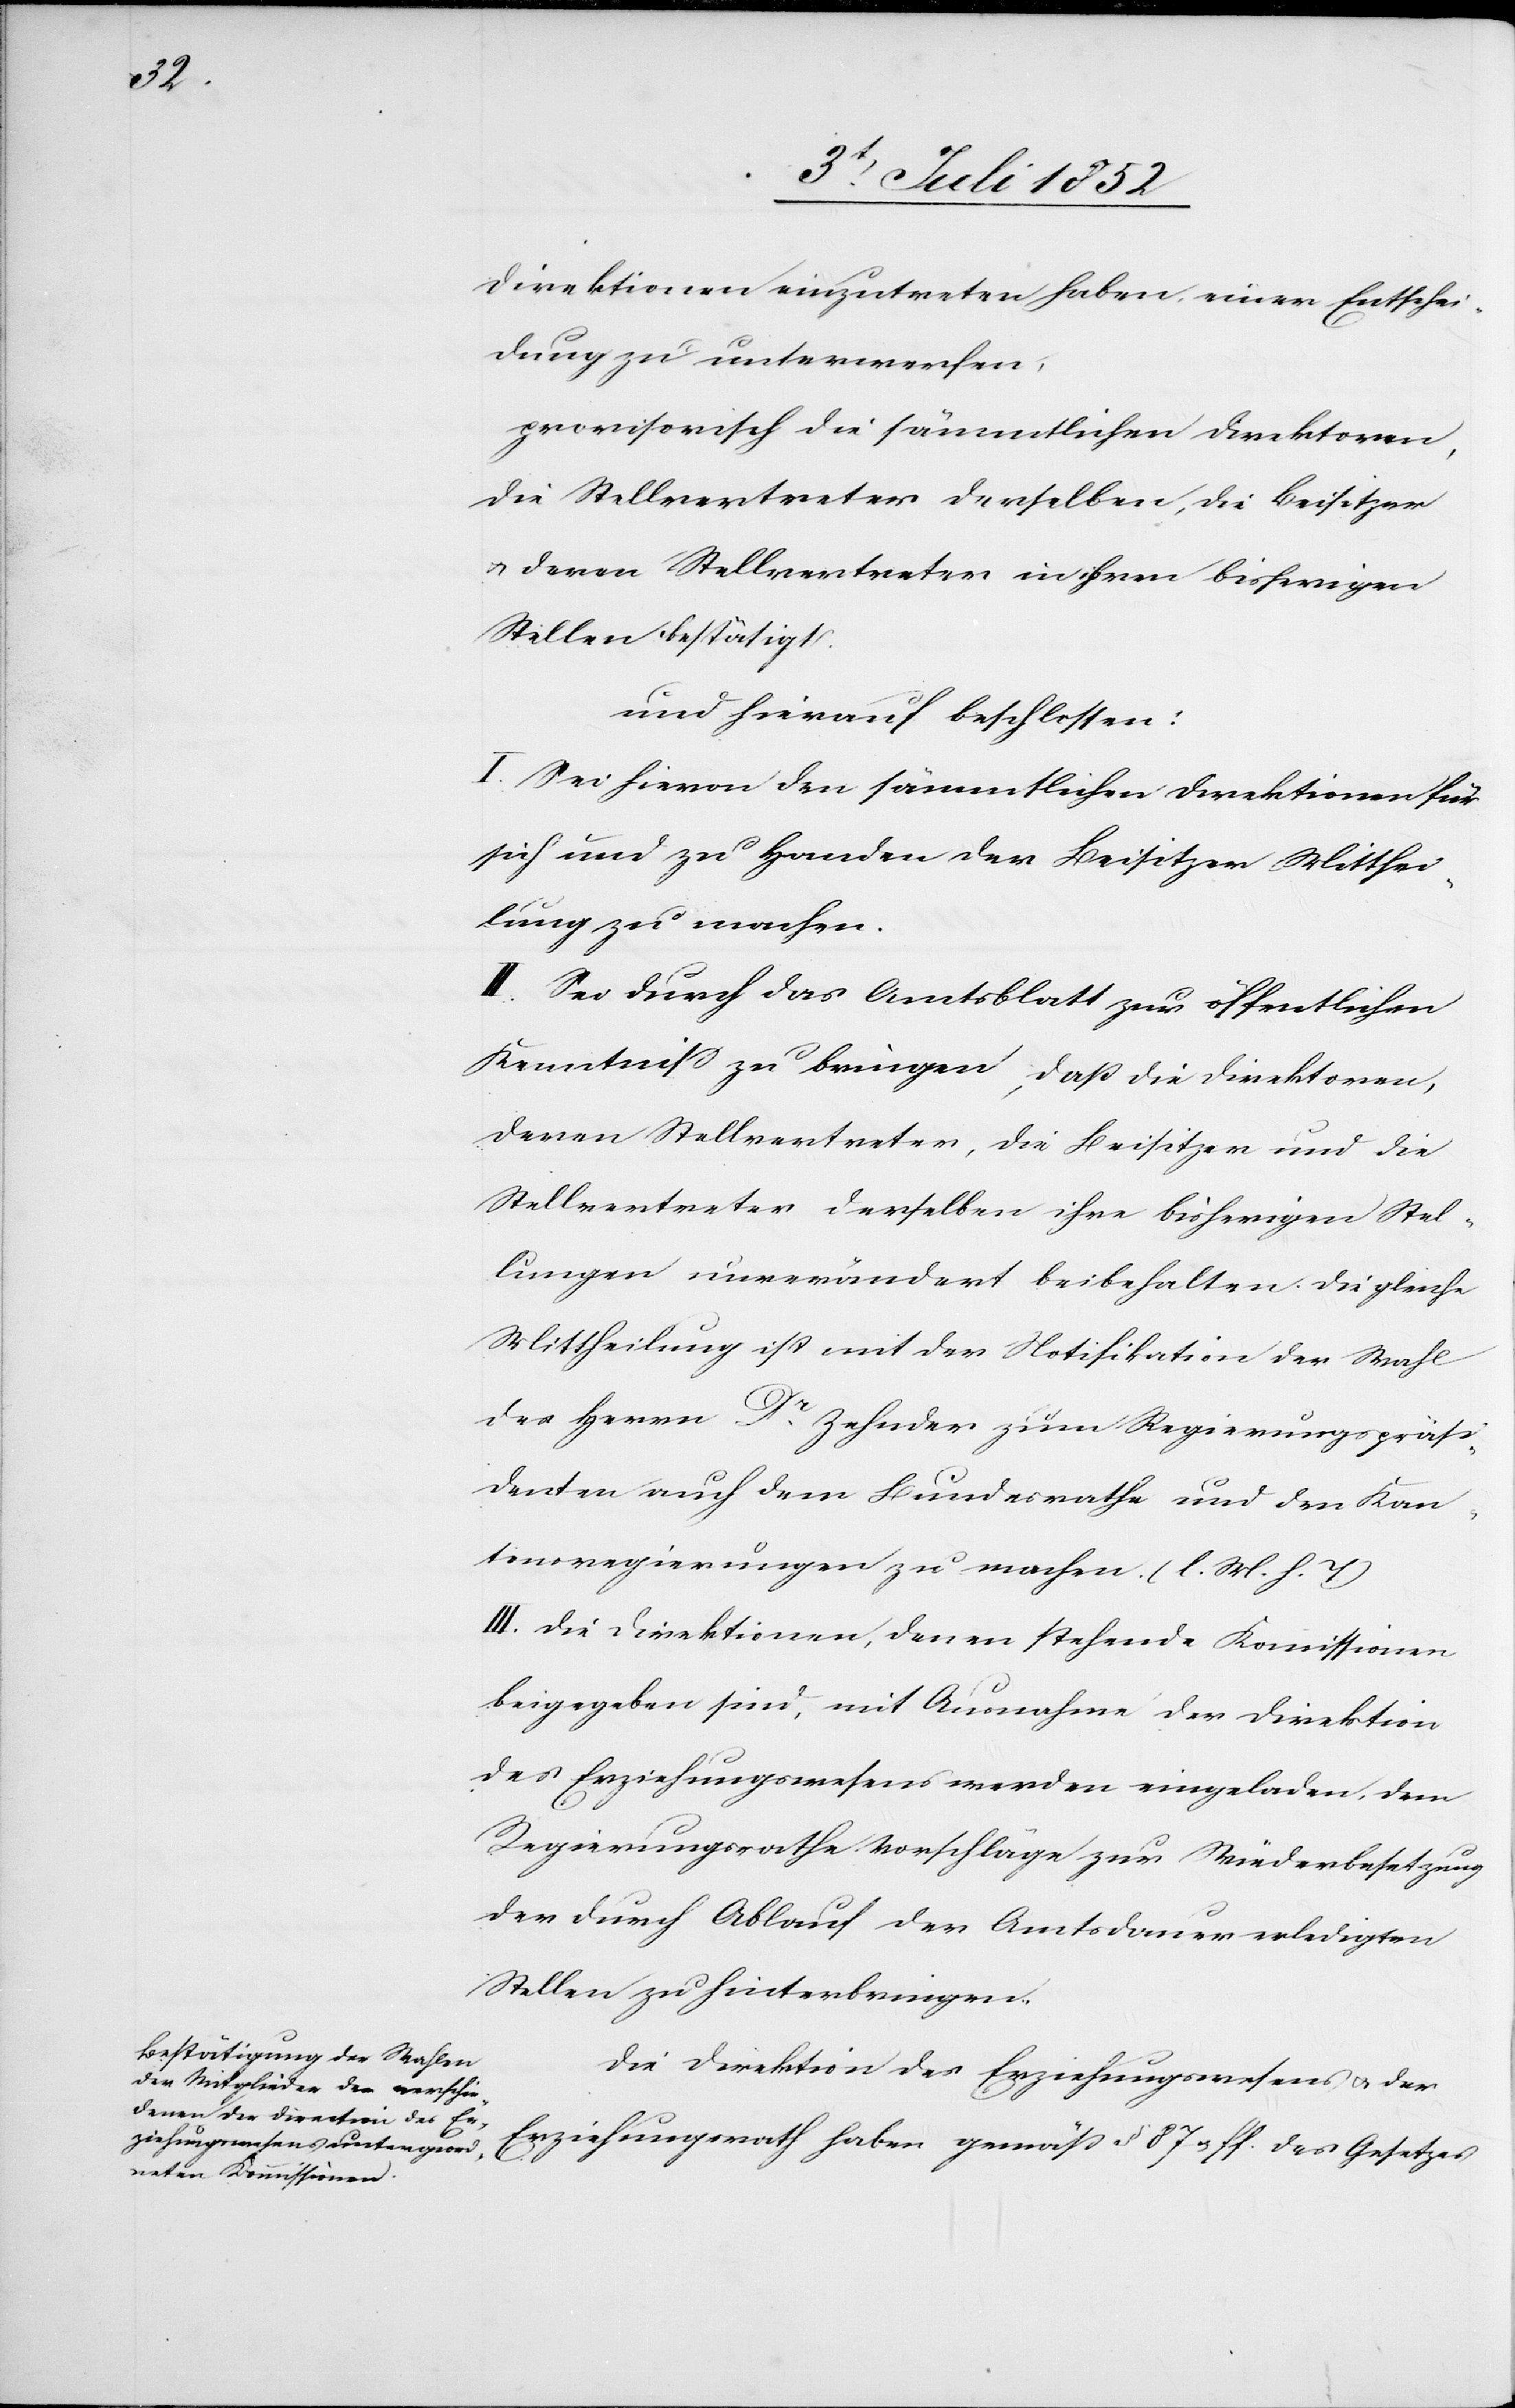
Direktionen einzutreten haben, einer Entschei¬
dung zu unterwerfen,
provisorisch die sämmtlichen Direktoren,
die Stellvertreter derselben, die Beisitzer
& deren Stellvertreter in ihren bisherigen
Stellen bestätigt.
und hierauf beschlossen:
I. Sei hievon den sämmtlichen Direktionen für
sich und zu Handen der Beisitzer Mitthei¬
lung zu machen.
II. Sei durch das Amtsblatt zur öffentlichen
Kenntniss zu bringen, daß die Direktoren,
deren Stellvertreter, die Beisitzer und die
Stellvertreter derselben ihre bisherigen Stel¬
lungen unverändert beibehalten. Die gleiche
Mittheilung ist mit der Notifikation der Wahl
des Herrn Dr. Zehnder zum Regierungspräsi¬
denten auch dem Bundesrathe und den Kan¬
tonsregierungen zu machen. (l. M. h. T)
III. Die Direktionen, denen stehende Kommissionen
beigegeben sind, mit Ausnahme der Direktion
des Erziehungswesens werden eingeladen, dem
Regierungsrathe Vorschläge zur Wiederbesetzung
der durch Ablauf der Amtsdauer erledigten
Stellen zu hinterbringen.
Die Direktion des Erziehungswesens & der
Erziehungsrath haben gemäß § 87 & ff. des Gesetzes